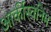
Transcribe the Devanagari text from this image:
आर्कीस्वनिम